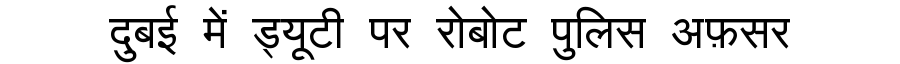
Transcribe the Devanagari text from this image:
दुबई में ड्यूटी पर रोबोट पुलिस अफ़सर